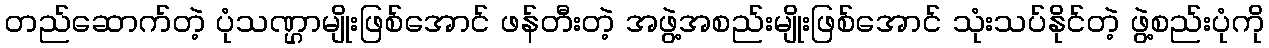
တည်ဆောက်တဲ့ ပုံသဏ္ဌာမျိုးဖြစ်အောင် ဖန်တီးတဲ့ အဖွဲ့အစည်းမျိုးဖြစ်အောင် သုံးသပ်နိုင်တဲ့ ဖွဲ့စည်းပုံကို